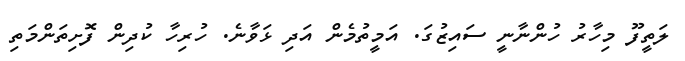
ލަތީފޫ މިހާރު ހުންނާނީ ސައިޒުގަ. އަމީތުމެން އަދި ޅަވާނެ. ހުރިހާ ކުދިން ފޮށިތަންމަތި